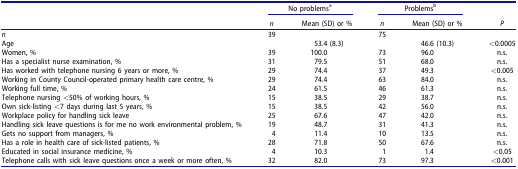
<table><thead><tr><td></td><td colspan="2"><b>No problems<sup>a</sup></b></td><td colspan="2"><b>Problems<sup>b</sup></b></td><td></td></tr><tr><td></td><td><b><i>n</i></b></td><td><b>Mean (SD) or %</b></td><td><b><i>n</i></b></td><td><b>Mean (SD) or %</b></td><td><b><i>P</i></b></td></tr></thead><tbody><tr><td><i>n</i></td><td>39</td><td></td><td>75</td><td></td><td></td></tr><tr><td>Age</td><td></td><td>53.4 (8.3)</td><td></td><td>46.6 (10.3)</td><td>&lt;0.0005</td></tr><tr><td>Women, %</td><td>39</td><td>100.0</td><td>73</td><td>96.0</td><td>n.s.</td></tr><tr><td>Has a specialist nurse examination, %</td><td>31</td><td>79.5</td><td>51</td><td>68.0</td><td>n.s.</td></tr><tr><td>Has worked with telephone nursing 6 years or more, %</td><td>29</td><td>74.4</td><td>37</td><td>49.3</td><td>&lt;0.005</td></tr><tr><td>Working in County Council-operated primary health care centre, %</td><td>29</td><td>74.4</td><td>63</td><td>84.0</td><td>n.s.</td></tr><tr><td>Working full time, %</td><td>24</td><td>61.5</td><td>46</td><td>61.3</td><td>n.s.</td></tr><tr><td>Telephone nursing &lt;50% of working hours, %</td><td>15</td><td>38.5</td><td>29</td><td>38.7</td><td>n.s.</td></tr><tr><td>Own sick-listing &lt;7 days during last 5 years, %</td><td>15</td><td>38.5</td><td>42</td><td>56.0</td><td>n.s.</td></tr><tr><td>Workplace policy for handling sick leave</td><td>25</td><td>67.6</td><td>47</td><td>42.0</td><td>n.s.</td></tr><tr><td>Handling sick leave questions is for me no work environmental problem, %</td><td>19</td><td>48.7</td><td>31</td><td>41.3</td><td>n.s.</td></tr><tr><td>Gets no support from managers, %</td><td>4</td><td>11.4</td><td>10</td><td>13.5</td><td>n.s.</td></tr><tr><td>Has a role in health care of sick-listed patients, %</td><td>28</td><td>71.8</td><td>50</td><td>67.6</td><td>n.s.</td></tr><tr><td>Educated in social insurance medicine, %</td><td>4</td><td>10.3</td><td>1</td><td>1.4</td><td>&lt;0.05</td></tr><tr><td>Telephone calls with sick leave questions once a week or more often, %</td><td>32</td><td>82.0</td><td>73</td><td>97.3</td><td>&lt;0.001</td></tr></tbody></table>